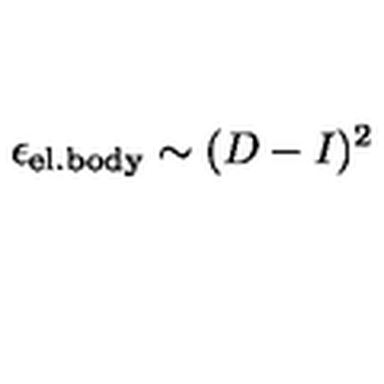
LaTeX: \epsilon _ { \mathrm { e l . b o d y } } \sim ( D - I ) ^ { 2 }